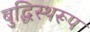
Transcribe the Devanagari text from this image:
बुद्धिस्थरूप